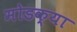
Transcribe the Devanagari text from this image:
मोडक्या